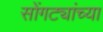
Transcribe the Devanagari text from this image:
सोंगट्यांच्या